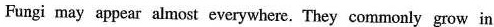
Fungi may appear almost everywhere. They commonly grow in